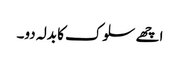
اچھے سلوک کا بدلہ دو۔